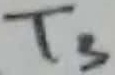
Text: T3